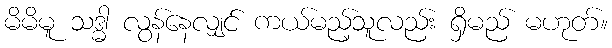
မိမိမူ သဒ္ဓါ လွန်နေလျှင် ကယ်မည့်သူလည်း ရှိမည် မဟုတ်။